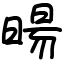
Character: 暘